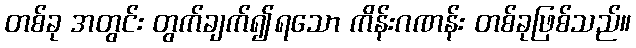
တစ်ခု အတွင်း တွက်ချက်၍ရသော ကိန်းဂဏန်း တစ်ခုဖြစ်သည်။